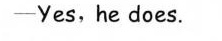
—Yes,he does.